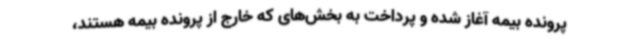
پرونده بیمه آغاز شده و پرداخت به بخش‌های که خارج از پرونده بیمه هستند،